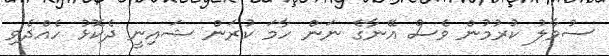
ސުވާލު ކުރުމުން ވެސް އޭނާގެ ނަން ހާމަ ކުރަން ޝައިނީ ދެކޮޅު ހެއްދެވި